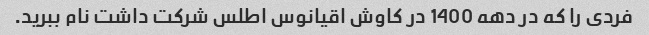
فردی را که در دهه 1400 در کاوش اقیانوس اطلس شرکت داشت نام ببرید.